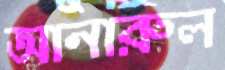
আনারুল